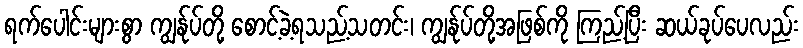
ရက်ပေါင်းများစွာ ကျွန်ုပ်တို့ စောင့်ခဲ့ရသည့်သတင်း၊ ကျွန်ုပ်တို့အဖြစ်ကို ကြည့်ပြီး ဆယ်ခုပ်ပေလည်း